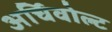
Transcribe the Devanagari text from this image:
अर्चिवोल्ट